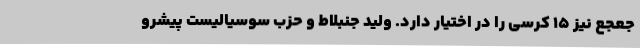
جعجع نیز 15 کرسی را در اختیار دارد. ولید جنبلاط و حزب سوسیالیست پیشرو